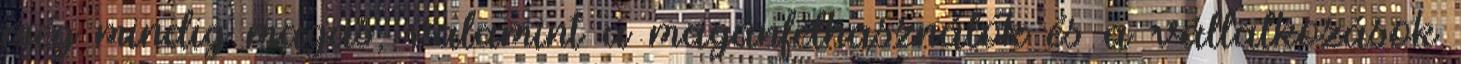
még mindig magas, valamint a magánfelhasználók és a vállalkozások